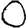
Digit: 0